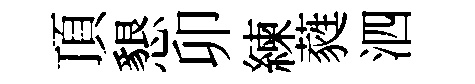
頂懇卯練蕤泗